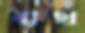
বাথ